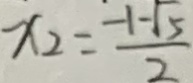
x _ { 2 } = \frac { - 1 - \sqrt { 5 } } { 2 }